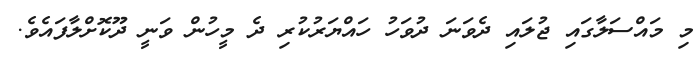
މި މައްސަލާގައި ޖުލައި ދެވަނަ ދުވަހު ހައްޔަރުކުރި ދެ މީހުން ވަނީ ދޫކޮށްލާފައެވެ.